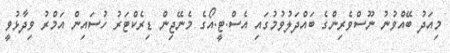
މިއަދު ބޭއްވުނު ނޫސްވެރިންގެ ބައްދަލުވުމުގައި އެސް.ޓީ.އޯގެ މެނޭޖިން ޑިރެކްޓަރު ހުސައިން އަމްރު ވިދާޅުވީ